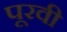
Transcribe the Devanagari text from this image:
पूरवी